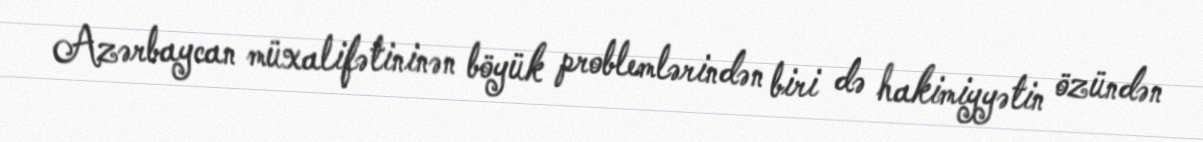
Azərbaycan müxalifətininən böyük problemlərindən biri də hakimiyyətin özündən